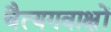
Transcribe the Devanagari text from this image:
चैत्यगवाक्षों